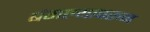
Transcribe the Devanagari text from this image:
बंगल्यावरून